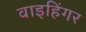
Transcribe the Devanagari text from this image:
वाइहिंगर